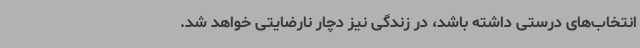
انتخاب‌های درستی داشته باشد، در زندگی نیز دچار نارضایتی خواهد شد.